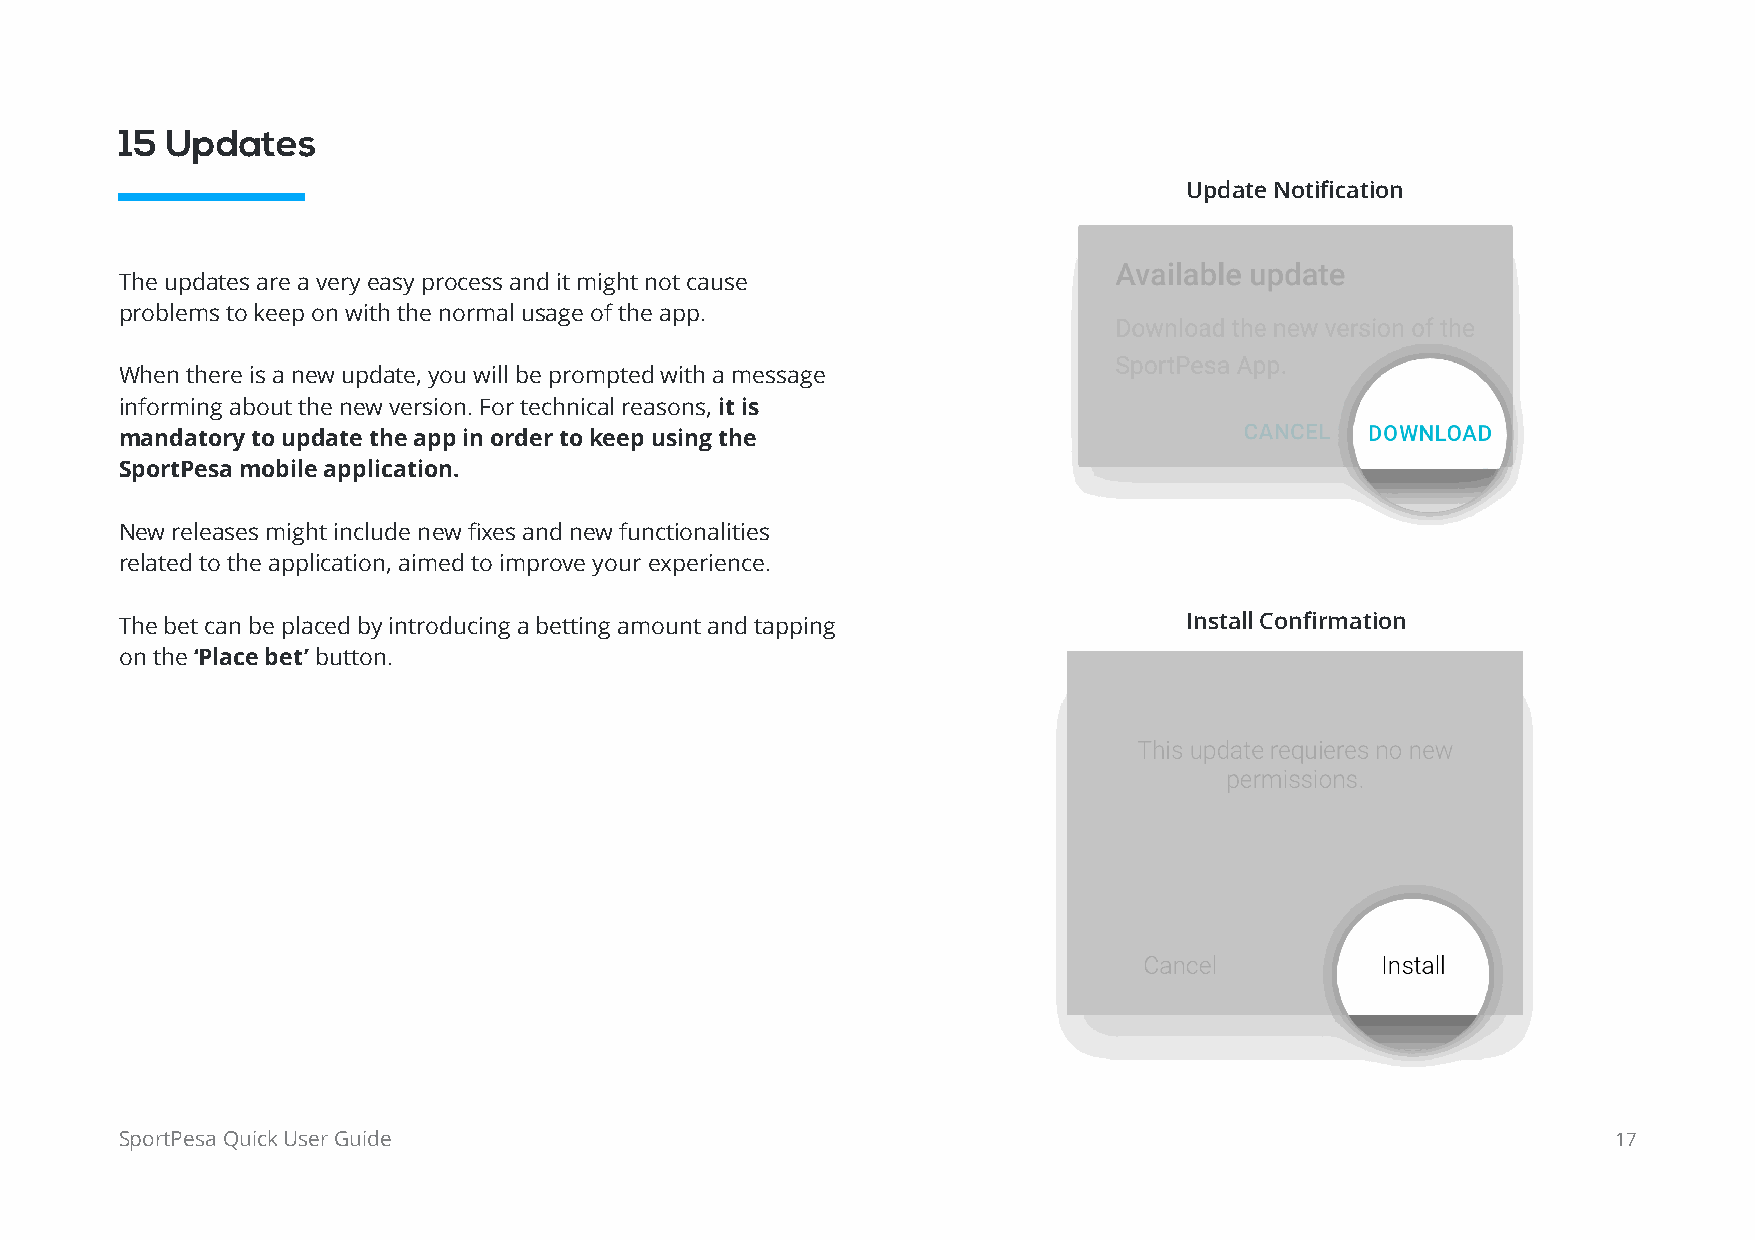
15 Updates
 Update Notification
 The updates are a very easy process and it might not cause
 problems to keep on with the normal usage of the app.
 When there is a new update, you will be prompted with a message
 informing about the new version. For technical reasons, it is
 mandatory to update the app in order to keep using the
 SportPesa mobile application.
 New releases might include new fixes and new functionalities
 related to the application, aimed to improve your experience.
 The bet can be placed by introducing a betting amount and tapping     Install Confirmation
 on the ‘Place bet’ button.
 SportPesa Quick User Guide                                                                         17